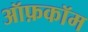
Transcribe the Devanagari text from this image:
ऑफ़कॉम